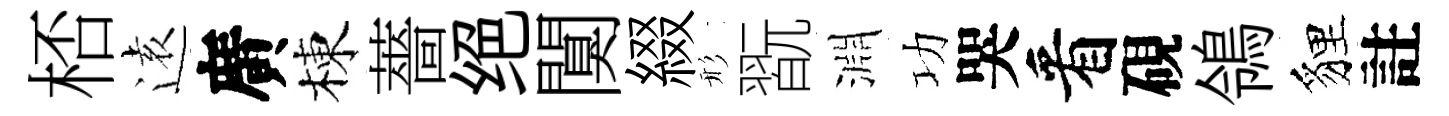
桮逺廣棟薔绝闃綴形翫淵功哭看硯鴒貍註